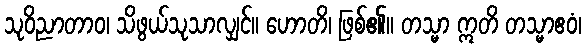
သုဝိညာတာဝ၊ သိဖွယ်သုသာလျှင်။ ဟောတိ၊ ဖြစ်၏။ တသ္မာ ဣတိ တသ္မာဧဝံ၊